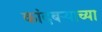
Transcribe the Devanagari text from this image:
कांदबऱ्याच्या